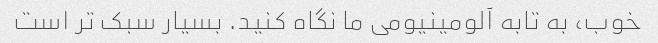
خوب، به تابه آلومینیومی ما نگاه کنید. بسیار سبک تر است